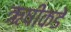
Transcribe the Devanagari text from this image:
ऋषींकडे